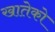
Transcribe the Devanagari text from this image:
खातेको